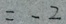
= - 2